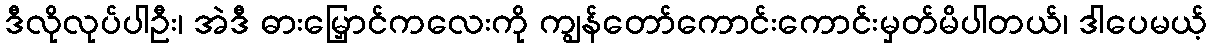
ဒီလိုလုပ်ပါဦး၊ အဲဒီ ဓားမြှောင်ကလေးကို ကျွန်တော်ကောင်းကောင်းမှတ်မိပါတယ်၊ ဒါပေမယ့်